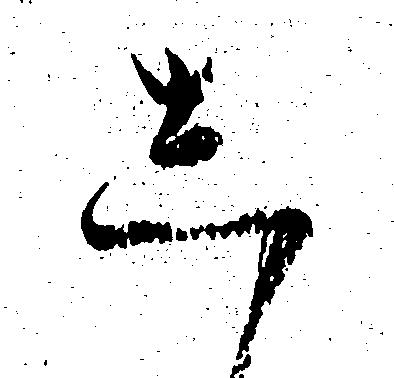
し